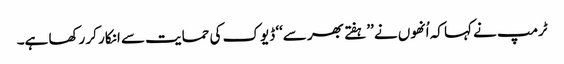
ٹرمپ نے کہا کہ اُنھوں نے ’’ہفتے بھر سے‘‘ ڈیوک کی حمایت سے انکار کر رکھا ہے۔